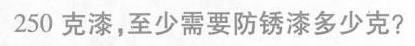
250克漆，至少需要防锈漆多少克?